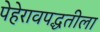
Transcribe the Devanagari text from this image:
पेहेरावपद्धतीला